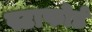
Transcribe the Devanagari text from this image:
स्टाफोर्ड